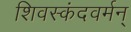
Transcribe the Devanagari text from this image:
शिवस्कंदवर्मन्